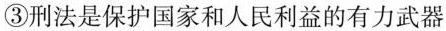
③刑法是保护国家和人民利益的有力武器